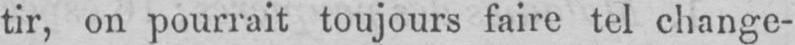
tir, on pourrait toujours faire tel change-